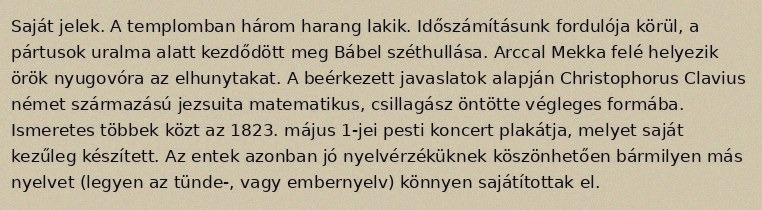
Saját jelek. A templomban három harang lakik. Időszámításunk fordulója körül, a pártusok uralma alatt kezdődött meg Bábel széthullása. Arccal Mekka felé helyezik örök nyugovóra az elhunytakat. A beérkezett javaslatok alapján Christophorus Clavius német származású jezsuita matematikus, csillagász öntötte végleges formába. Ismeretes többek közt az 1823. május 1-jei pesti koncert plakátja, melyet saját kezűleg készített. Az entek azonban jó nyelvérzéküknek köszönhetően bármilyen más nyelvet (legyen az tünde-, vagy embernyelv) könnyen sajátítottak el.